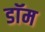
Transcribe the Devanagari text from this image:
डाॅम